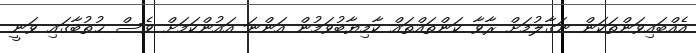
އެއްބައިވަންތަކަން ނަގާލުމަށް ރާވާ ކަންތައްތައް ކާމިޔާބުވަމުން އަންނަ އައުންކަމަށް ވެސް ޚުތުބާގައި ވަނީ